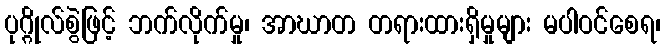
ပုဂ္ဂိုလ်စွဲဖြင့် ဘက်လိုက်မှု၊ အာဃာတ တရားထားရှိမှုများ မပါဝင်စေရ၊